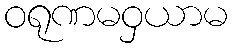
ဝရုဏမဝှယာမ